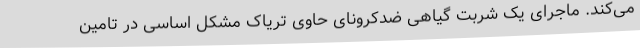
می‌کند. ماجرای یک شربت گیاهی ضدکرونای حاوی تریاک مشکل اساسی در تامین